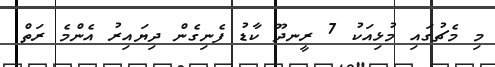
މި މެޗުގައި މުޅިއަކު 7 ރީނދޫ ކާޑު ފެނިގެން ދިޔައިރު އެންމެ ރަތް